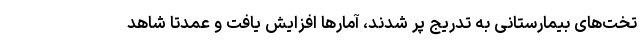
تخت‌های بیمارستانی به تدریج پر شدند، آمارها افزایش یافت و عمدتا شاهد